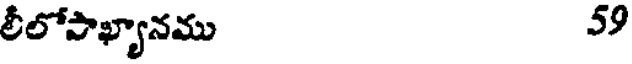
లీలోపాఖ్యానము 59